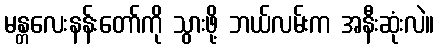
မန္တလေးနန်းတော်ကို သွားဖို့ ဘယ်လမ်းက အနီးဆုံးလဲ။